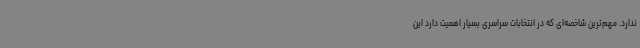
ندارد. مهم‌ترین شاخصه‌ای که در انتخابات سراسری بسیار اهمیت دارد این